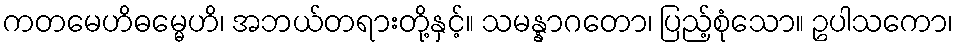
ကတမေဟိဓမ္မေဟိ၊ အဘယ်တရားတို့နှင့်။ သမန္နာဂတော၊ ပြည့်စုံသော။ ဥပါသကော၊